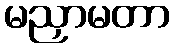
မညှာမတာ